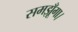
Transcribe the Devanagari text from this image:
समझूँगा।